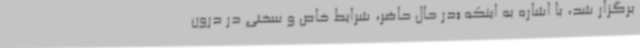
برگزار شد، با اشاره به اینکه «در حال حاضر، شرایط خاص و سختی در درون